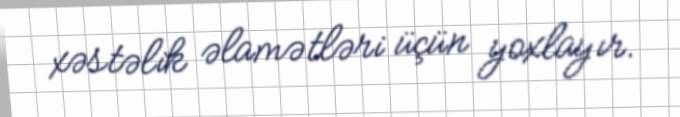
xəstəlik əlamətləri üçün yoxlayır.